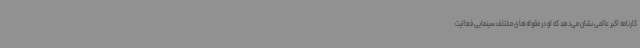
کارنامه اکبر عالمی نشان می‌دهد که او در مقوله‌های مختلف سینمایی فعالیت